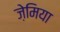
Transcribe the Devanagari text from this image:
ज़ेमिया